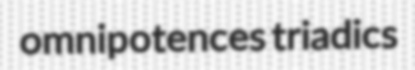
omnipotences triadics